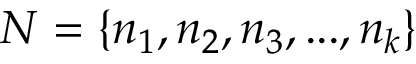
N = \{ n _ { 1 } , n _ { 2 } , n _ { 3 } , . . . , n _ { k } \}